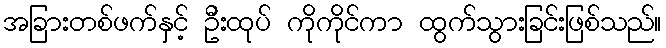
အခြားတစ်ဖက်နှင့် ဦးထုပ် ကိုကိုင်ကာ ထွက်သွားခြင်းဖြစ်သည်။